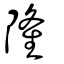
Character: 隆